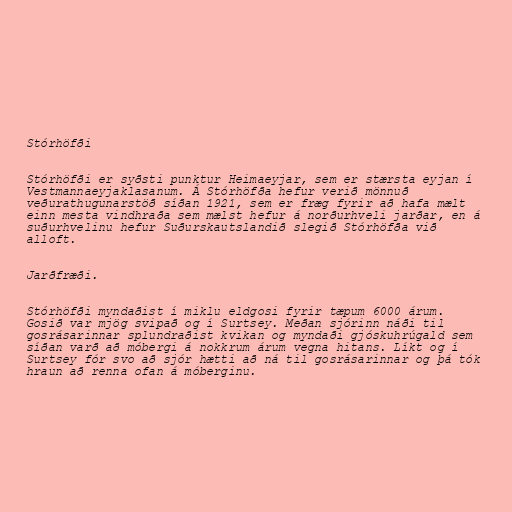
Stórhöfði

Stórhöfði er syðsti punktur Heimaeyjar, sem er stærsta eyjan í
Vestmannaeyjaklasanum. Á Stórhöfða hefur verið mönnuð
veðurathugunarstöð síðan 1921, sem er fræg fyrir að hafa mælt
einn mesta vindhraða sem mælst hefur á norðurhveli jarðar, en á
suðurhvelinu hefur Suðurskautslandið slegið Stórhöfða við
alloft.

Jarðfræði.

Stórhöfði myndaðist í miklu eldgosi fyrir tæpum 6000 árum.
Gosið var mjög svipað og í Surtsey. Meðan sjórinn náði til
gosrásarinnar splundraðist kvikan og myndaði gjóskuhrúgald sem
síðan varð að móbergi á nokkrum árum vegna hitans. Líkt og í
Surtsey fór svo að sjór hætti að ná til gosrásarinnar og þá tók
hraun að renna ofan á móberginu.